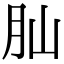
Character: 𦘹